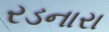
રડનારા